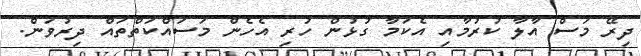
ދިރޭ މަސް އާލާ ކުރުމާއި އެކަމާ ގުޅުން ހުރި އެހެން މަސައްކަތްތައް ދިރުވަން.